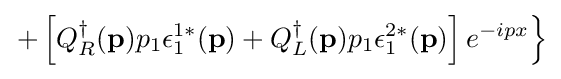
\left.+\left[Q_{R}^{\dagger }(\mathbf {p} )p_{1}\epsilon _{1}^{1*}(\mathbf {p} )+Q_{L}^{\dagger }(\mathbf {p} )p_{1}\epsilon _{1}^{2*}(\mathbf {p} )\right]e^{-ipx}\right\}